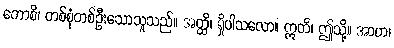
ကောစိ၊ တစ်စုံတစ်ဦးသောသူသည်။ အတ္ထိ၊ ရှိပါသလော။ ဣတိ၊ ဤသို့။ အာဟ၊